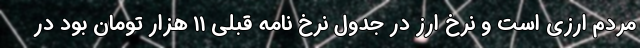
مردم ارزی است و نرخ ارز در جدول نرخ نامه قبلی ۱۱ هزار تومان بود در